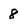
Character: 8